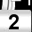
Digit: 2